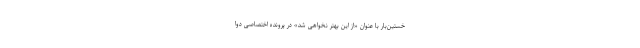
خستین‌بار با عنوان «از این بهتر نخواهی شد» در پروندهٔ اختصاصی دوا